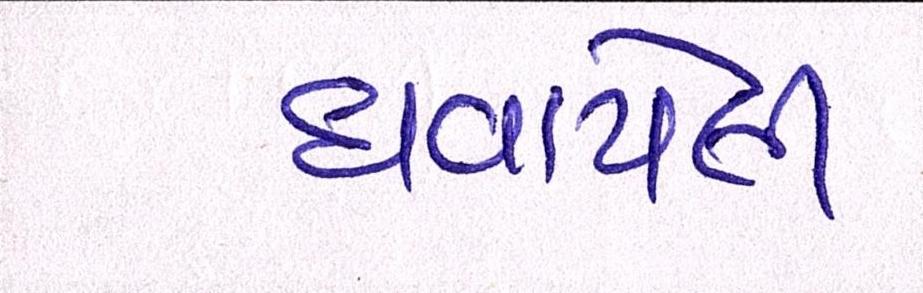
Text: ઘવાયેલી